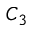
C _ { 3 }